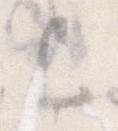
も